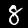
Digit: 8